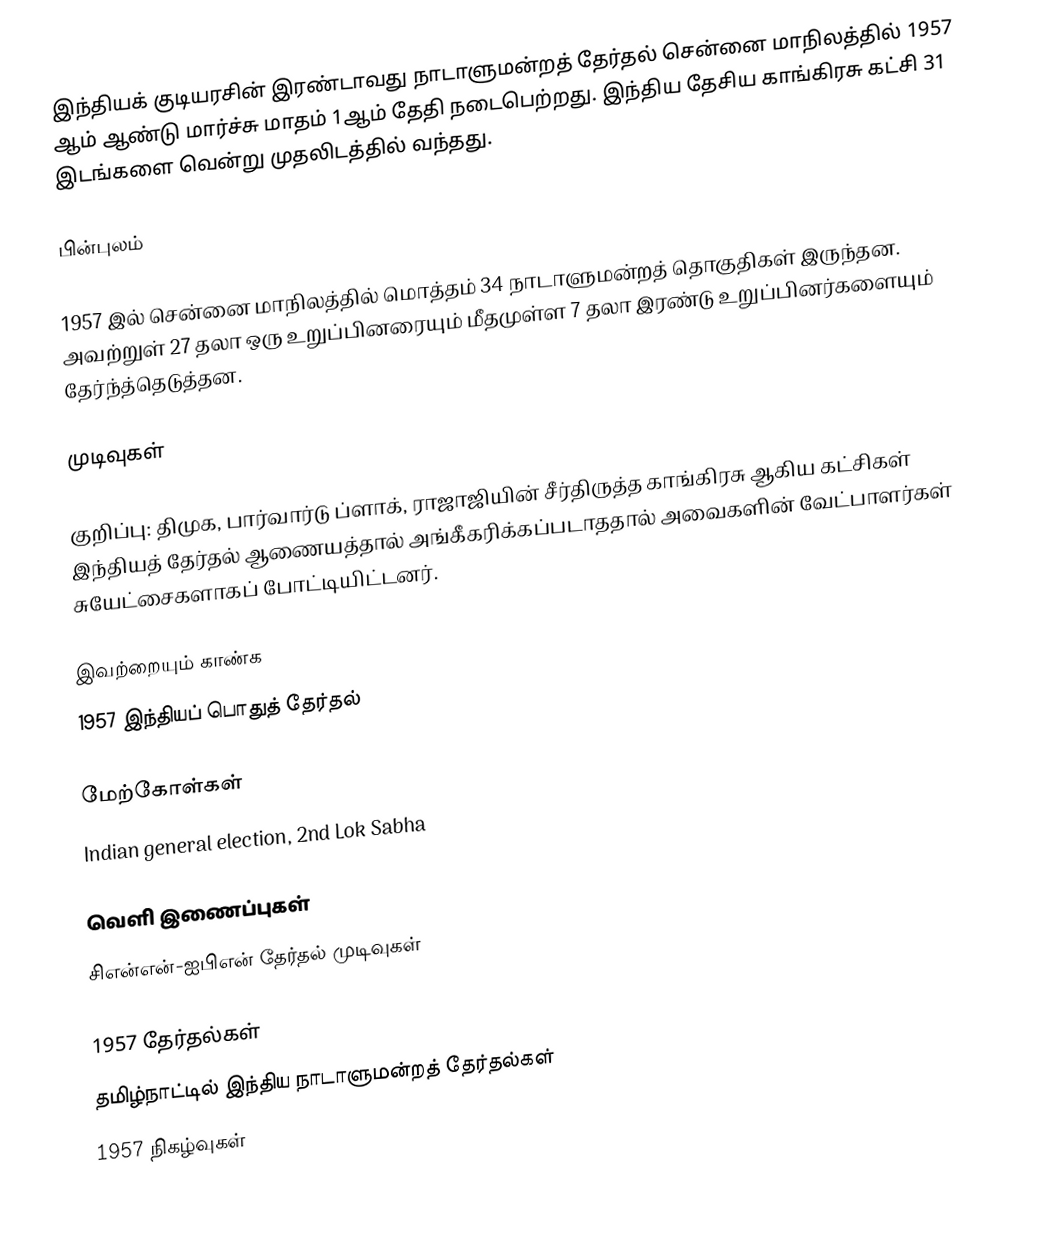
இந்தியக் குடியரசின் இரண்டாவது நாடாளுமன்றத் தேர்தல் சென்னை மாநிலத்தில் 1957 ஆம் ஆண்டு மார்ச்சு மாதம் 1ஆம் தேதி நடைபெற்றது. இந்திய தேசிய காங்கிரசு கட்சி 31 இடங்களை வென்று முதலிடத்தில் வந்தது.

பின்புலம்

1957 இல் சென்னை மாநிலத்தில் மொத்தம் 34 நாடாளுமன்றத் தொகுதிகள் இருந்தன. அவற்றுள் 27 தலா ஒரு உறுப்பினரையும் மீதமுள்ள 7 தலா இரண்டு உறுப்பினர்களையும் தேர்ந்த்தெடுத்தன.

முடிவுகள்

குறிப்பு: திமுக, பார்வார்டு ப்ளாக், ராஜாஜியின் சீர்திருத்த காங்கிரசு ஆகிய கட்சிகள் இந்தியத் தேர்தல் ஆணையத்தால் அங்கீகரிக்கப்படாததால் அவைகளின் வேட்பாளர்கள் சுயேட்சைகளாகப் போட்டியிட்டனர்.

இவற்றையும் காண்க
1957 இந்தியப் பொதுத் தேர்தல்

மேற்கோள்கள்
Indian general election, 2nd Lok Sabha

வெளி இணைப்புகள்
 சிஎன்என்-ஐபிஎன் தேர்தல் முடிவுகள்

1957 தேர்தல்கள்
தமிழ்நாட்டில் இந்திய நாடாளுமன்றத் தேர்தல்கள்
1957 நிகழ்வுகள்